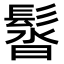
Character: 𩭣